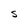
Character: S